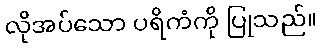
လိုအပ်သော ပရိကံကို ပြုသည်။